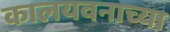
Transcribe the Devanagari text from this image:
कालयवनाच्या